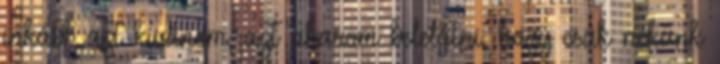
inkább azt kívánom, azt akarom belelátni, hogy csak nekünk